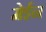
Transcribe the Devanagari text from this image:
मेईन